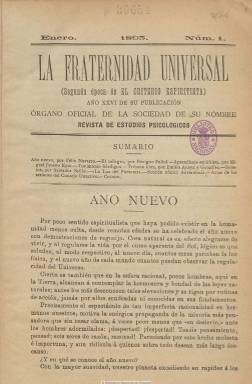
Título: La Fraternidad universal
Colección: Espiritismo
Ámbito geográfico: Madrid
Lugar de publicación: Madrid
Fechas: 01/01/1893-31/12/1894

Revista que se considera “segunda época” de El criterio espiritista (1868-1878), la publicación periódica decana del espiritismo español, fundada por Alverico Perón, que a su vez había sido continuada por El espiritista, que el vizconde Antonio Torres-Solanot y Casas (1840-1902?) había publicado en Madrid a partir de 1878 y que, en 1880, había trasladado su impresión a Zaragoza.

La fraternidad… aparece en enero de 1892, según Óscar García Rodríguez (2006), siendo el órgano de expresión del Congreso Espiritista Iberoamericano que en octubre de ese año se celebra en Madrid, y figurando como director de la publicación Benigno Pallol.

La colección de este título de la Biblioteca Nacional de España comprende los años completos de 1893 y 1894. En su cabecera indica que se trata del “año XXVI de su publicación” (en referencia al citado El criterio espiritista), y que es órgano oficial de la sociedad La Fraternidad Universal, que había promovido el doctor homeópata y masón Anastasio García López (1823-1897), como presidente de la Asociación Espiritista Española. García Rodríguez señala que en 1893, el presidente de la asociación y director de la publicación es Joaquín Huelbes Temprado, actuando como secretario Eduardo Escribano García.

Su frecuencia de aparición es mensual, en entregas de dieciséis páginas, compuesta a una columna. Entre las firmas de sus textos se encuentran las de los citados Pallol y Huelbes Temprado, y las de Félix Navarro, Miguel Jimeno Eyto, Emilio Anaya González, Fabián Palasí, Tomás Sánchez Escribano o Salvador Sellés, éste con poemas. Además de artículos de divulgación espiritista, contiene crónicas e informaciones sobre la asociación de la que era órgano y bibliografía. En la última entrega de cada año incluye, al final, una relación de sumarios.